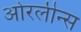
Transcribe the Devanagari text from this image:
ओरलीन्स